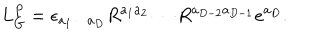
LaTeX: L _ { G } ^ { P } = \epsilon _ { a _ { 1 } \cdots a _ { D } } R ^ { a _ { 1 } a _ { 2 } } \cdots R ^ { a _ { D - 2 } a _ { D - 1 } } e ^ { a _ { D } } .